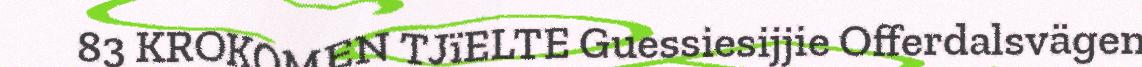
83 KROKOMEN TJïELTE Guessiesijjie Offerdalsvägen